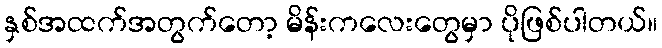
နှစ်အထက်အတွက်တော့ မိန်းကလေးတွေမှာ ပိုဖြစ်ပါတယ်။